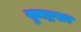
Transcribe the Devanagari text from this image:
सुमद्रपार